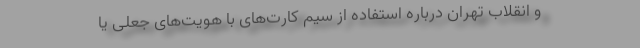
و انقلاب تهران درباره استفاده از سیم کارت‌های با هویت‌های جعلی یا